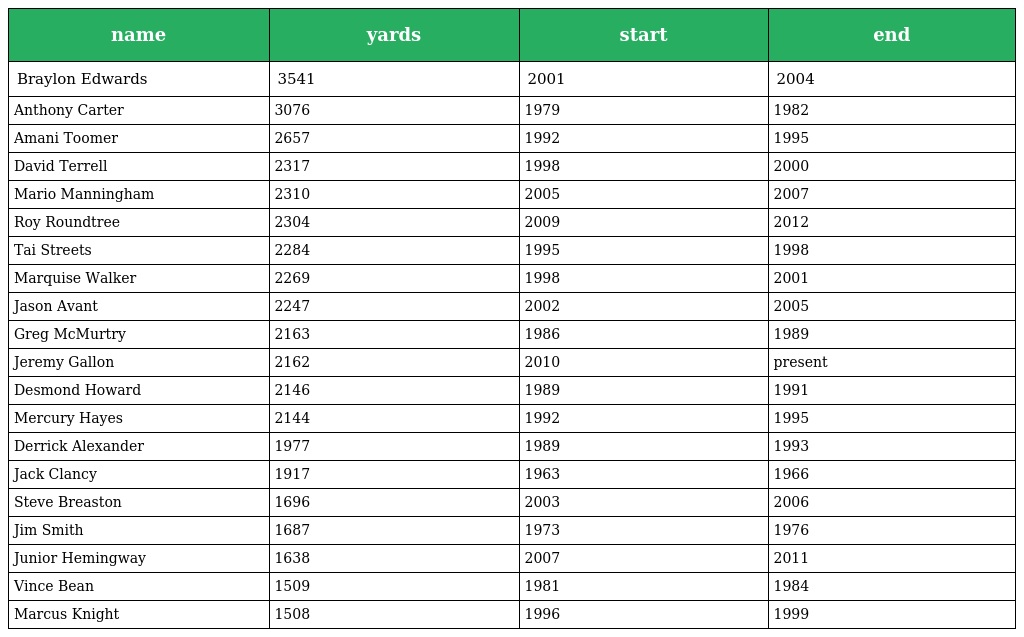
| name | yards | start | end |
 | --- | --- | --- | --- |
 | Braylon Edwards | 3541 | 2001 | 2004 |
 | Anthony Carter | 3076 | 1979 | 1982 |
 | Amani Toomer | 2657 | 1992 | 1995 |
 | David Terrell | 2317 | 1998 | 2000 |
 | Mario Manningham | 2310 | 2005 | 2007 |
 | Roy Roundtree | 2304 | 2009 | 2012 |
 | Tai Streets | 2284 | 1995 | 1998 |
 | Marquise Walker | 2269 | 1998 | 2001 |
 | Jason Avant | 2247 | 2002 | 2005 |
 | Greg McMurtry | 2163 | 1986 | 1989 |
 | Jeremy Gallon | 2162 | 2010 | present |
 | Desmond Howard | 2146 | 1989 | 1991 |
 | Mercury Hayes | 2144 | 1992 | 1995 |
 | Derrick Alexander | 1977 | 1989 | 1993 |
 | Jack Clancy | 1917 | 1963 | 1966 |
 | Steve Breaston | 1696 | 2003 | 2006 |
 | Jim Smith | 1687 | 1973 | 1976 |
 | Junior Hemingway | 1638 | 2007 | 2011 |
 | Vince Bean | 1509 | 1981 | 1984 |
 | Marcus Knight | 1508 | 1996 | 1999 |